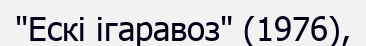
"Ескі ігаравоз" (1976),